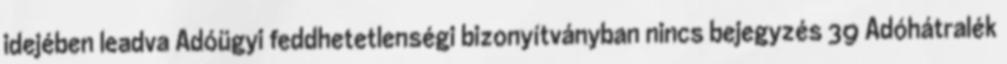
idejében leadva Adóügyi feddhetetlenségi bizonyítványban nincs bejegyzés 39 Adóhátralék